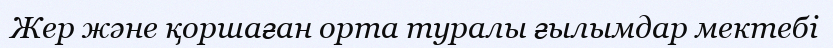
Жер және қоршаған орта туралы ғылымдар мектебі